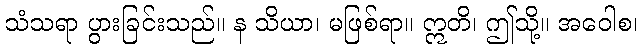
သံသရာ ပွားခြင်းသည်။ န သိယာ၊ မဖြစ်ရာ။ ဣတိ၊ ဤသို့။ အဝေါစ၊